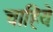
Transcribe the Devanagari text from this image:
चाहियेः